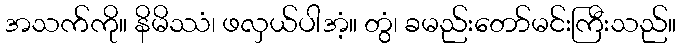
အသက်ကို။ နိမိဿံ၊ ဖလှယ်ပါအံ့။ တွံ၊ ခမည်းတော်မင်းကြီးသည်။